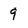
Character: 9